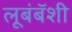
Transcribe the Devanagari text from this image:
लूबंबॅशी